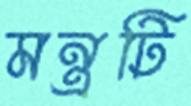
মন্ত্রটি